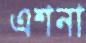
এশনা